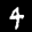
Label: 4